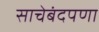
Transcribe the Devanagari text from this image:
साचेबंदपणा